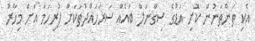
އެކި ތަންތަނުން ކޮށި އަޑުގެ ސިގްނަލް ބައެއް ސަރަހައްދުތަކަށް ފުރިހަމަ އަށް މިހާރު